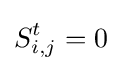
S_{i,j}^{t}=0